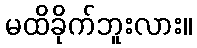
မထိခိုက်ဘူးလား။